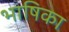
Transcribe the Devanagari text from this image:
भाषिका